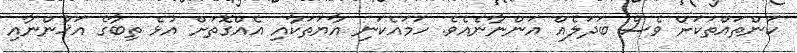
ކަންތައްތަކަށް ވެސް ބަދަލެއް އަންނާނެއެވެ. ހަމައެކަނި އާޔަތަކާއި އެއްގޮތަށް އުޅެ ތިބާގެ އަޚުންނާއި